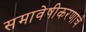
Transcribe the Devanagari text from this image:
समावेषीकरणाचे